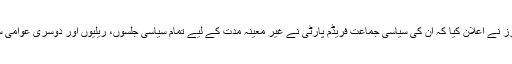
جمعرات تیئیس فروری کو ویلڈرز نے اعلان کیا کہ اُن کی سیاسی جماعت فریڈم پارٹی نے غیر معینہ مدت کے لیے تمام سیاسی جلسوں، ریلیوں اور دوسری عوامی سرگرمیوں کو معطل کر دیا ہے۔